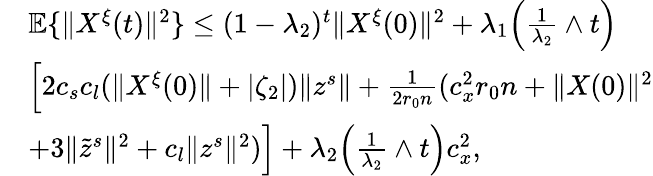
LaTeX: \begin{array}{rl}&{\mathbb{E}\{ \| X^{\xi}(t)\| ^{2}\} \le(1-\lambda_{2})^{t}\| X^{\xi}(0)\| ^{2}+\lambda_{1}\Big(\frac{1}{\lambda_{2}}\wedge t\Big)}\\ &{\Big[2c_{s}c_{l}(\| X^{\xi}(0)\| +|\zeta_{2}|)\| z^{s}\| +\frac{1}{2r_{0}n}(c_{x}^{2}r_{0}n+\| X(0)\| ^{2}}\\ &{+3\| \tilde{z}^{s}\| ^{2}+c_{l}\| z^{s}\| ^{2})\Big]+\lambda_{2}\Big(\frac{1}{\lambda_{2}}\wedge t\Big)c_{x}^{2},}\end{array}